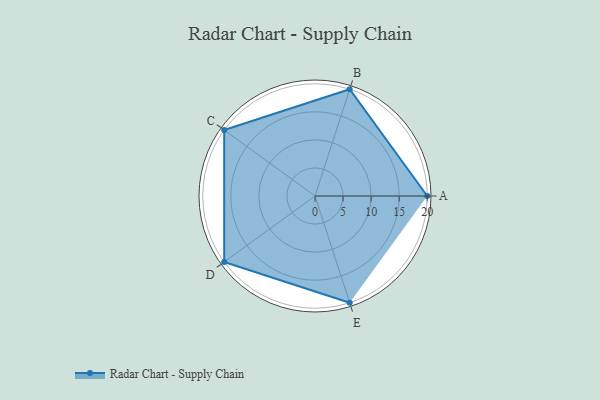
{"axis": {"x": "Skill", "y": "Score"}, "legend": ["Profile"], "data": [{"x": "A", "y": 20, "type": "Profile"}, {"x": "B", "y": 20, "type": "Profile"}, {"x": "C", "y": 20, "type": "Profile"}, {"x": "D", "y": 20, "type": "Profile"}, {"x": "E", "y": 20, "type": "Profile"}]}